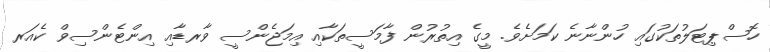
ހޮސްޕިޓަލުތަކުގައި ހުންނާނެ ކަމަށެވެ. މީގެ އިތުރުން ފާމަސީތަކާއި އިމަޖެންސީ ވާރޑާއި އިންޓެންސިވް ކެއަރ